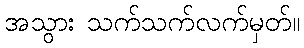
အသွား သက်သက်လက်မှတ်။